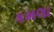
કમલા